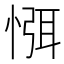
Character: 㥝